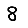
Digit: 8